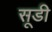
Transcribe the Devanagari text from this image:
सूडी